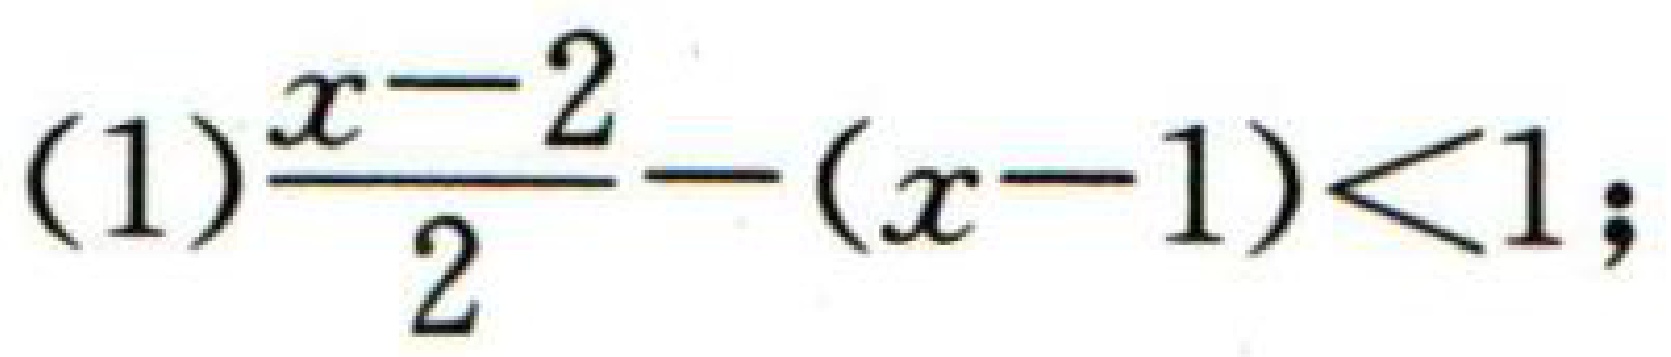
(1)\(\frac{x - 2}{2}-(x - 1)<1\);